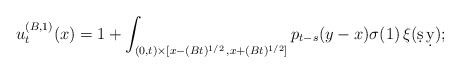
\begin{align*}u^{(B,1)}_t(x) = 1 + \int_{(0,t)\times [ x-(Bt)^{1/2}\,,x+(Bt)^{1/2}]}p_{t-s}(y-x)\sigma(1)\,\xi(\d s\,\d y);\end{align*}